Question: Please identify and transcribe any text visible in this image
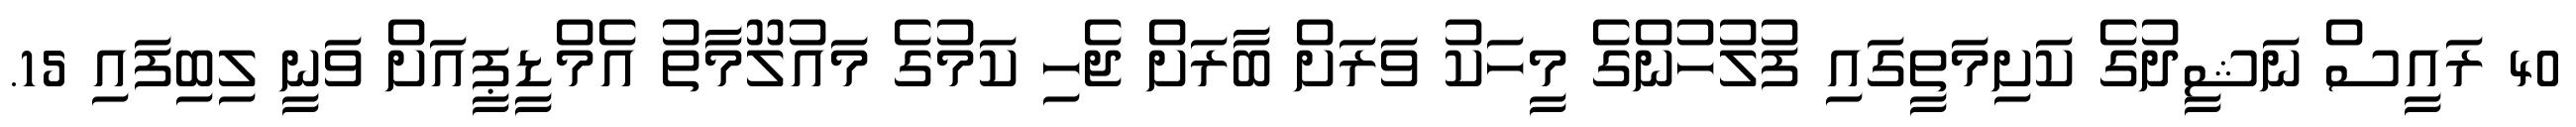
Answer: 40 ރައީސް ނަޝީދުގެ ކަށިމަތީގައި ފުލުހުންގެ މީހަކު ވަރަށް ބާރަށް ޖެހި ކަމުގެ މައުލޫމާތު އެމްޑީޕީއަށް ވަނީ ލިބިފައި 15.